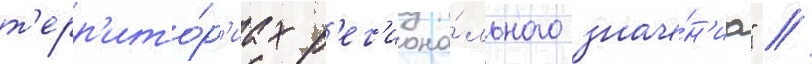
т'ерр'ито́р'иах р'ег'иона́льного значе́н'иа" //